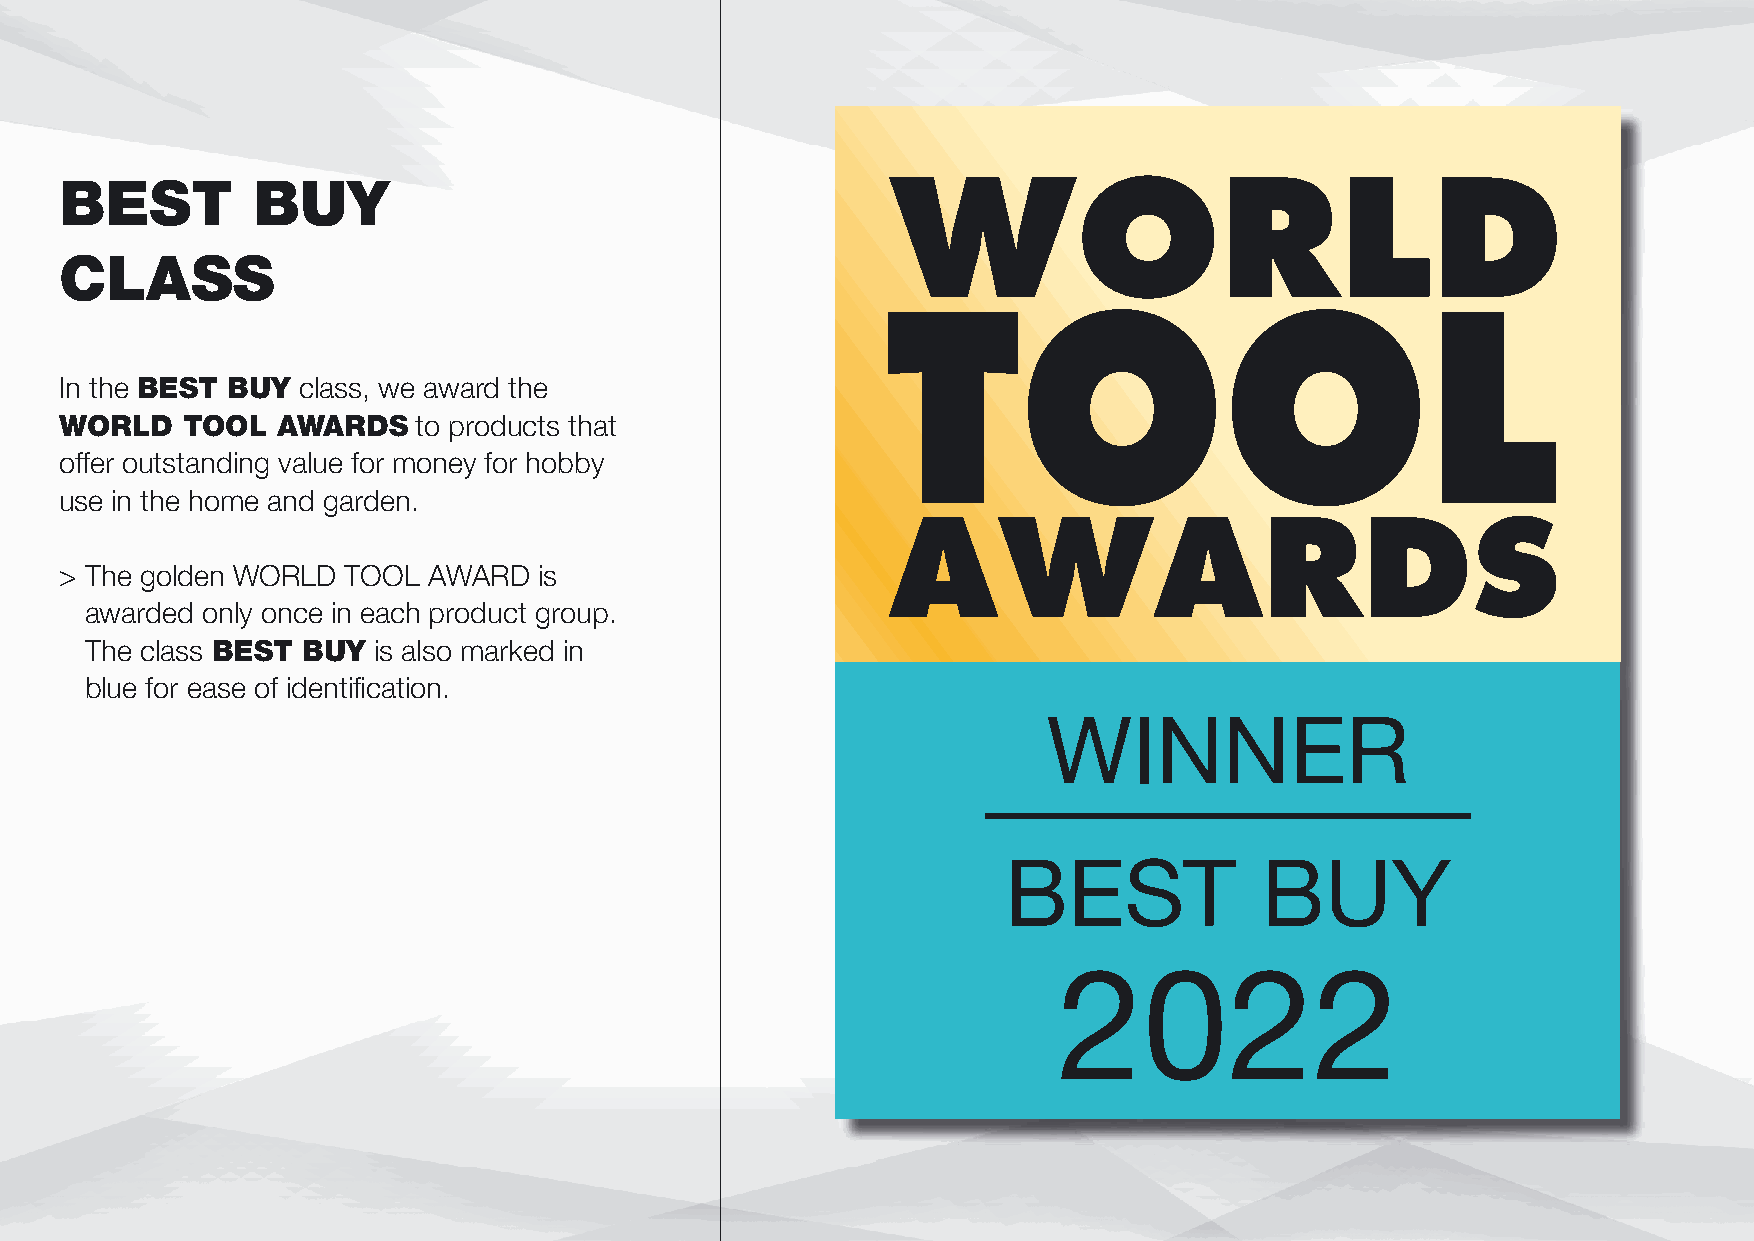
BEST         BUY                                       WORLD
 CLASS
 TOOL
 In the BEST BUY class, we award the
 WORLD   TOOL  AWARDS    to products that
 offer outstanding value for money for hobby
 use in the home and garden.
 AWARDS
 > The golden WORLD TOOL AWARD   is
 awarded only once in each product group.
 The class BEST BUY is also marked in
 blue for ease of identifi cation.
 WINNER
 BEST             BUY
 2022